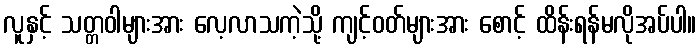
လူနှင့် သတ္တဝါများအား လေ့လာသကဲ့သို့ ကျင့်ဝတ်များအား စောင့် ထိန်းရန်မလိုအပ်ပါ။